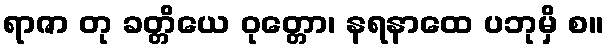
ရာဇာ တု ခတ္တိယေ ဝုတ္တော၊ နရနာထေ ပဘုမှိ စ။